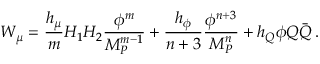
W _ { \mu } = { \frac { h _ { \mu } } { m } } H _ { 1 } H _ { 2 } { \frac { \phi ^ { m } } { M _ { P } ^ { m - 1 } } } + { \frac { h _ { \phi } } { n + 3 } } { \frac { \phi ^ { n + 3 } } { M _ { P } ^ { n } } } + h _ { Q } \phi Q \bar { Q } \, .